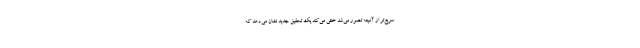
سریع‌تر از آنچه تصور می‌شد خنثی می‌کند یک تحقیق جدید نشان می‌دهد که